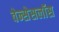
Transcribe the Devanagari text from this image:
वेन्सेसलॉस